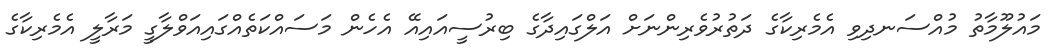
މައުލޫމާތު މުއްސަނދިވި އެމެރިކާގެ ދަތުރުވެރިންނަށް އަލްގައިދާގެ ބިރުސީއައިއޭ އެހެން މަސައްކަތެއްގައިއަވްލާގީ މަރާލީ އެމެރިކާގެ